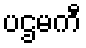
ပဌမကီ